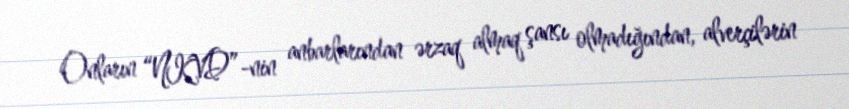
Onların “NKVD”-nin anbarlarından ərzaq almaq şansı olmadığından, alverçilərin